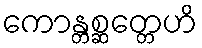
ကောန္တစ္ဆတ္တေဟိ